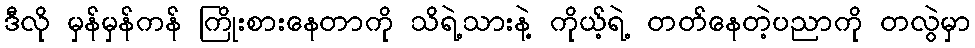
ဒီလို မှန်မှန်ကန် ကြိုးစားနေတာကို သိရဲ့သားနဲ့ ကိုယ့်ရဲ့ တတ်နေတဲ့ပညာကို တလွဲမှာ